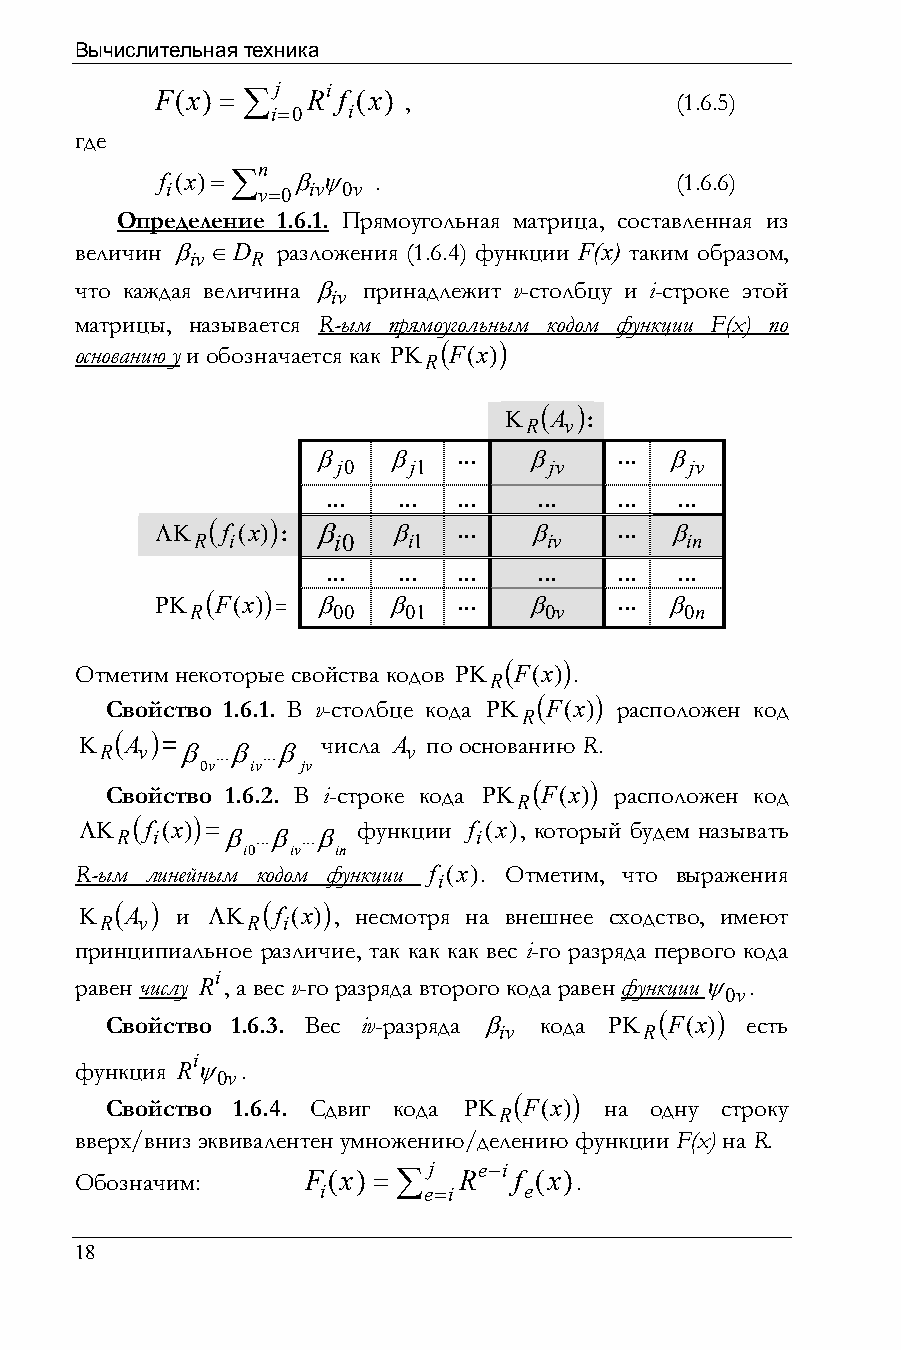
Вычислительная техника
 F(x) =
 ∑j  Ri
 f (x) ,                (1.6.5)
 i=0  i
 где
 n
 f (x)=∑  βψ    .                   (1.6.6)
 i     v=0 iv 0v
 Определение 1.6.1. Прямоугольная матрица, составленная из
 величин β ∈D разложения (1.6.4) функции F(x) таким образом,
 iv  R
 что каждая величина β принадлежит v-столбцу и i-строке этой
 iv
 матрицы, называется R-ым прямоугольным кодом функции F(x) по
 основанию y и обозначается как ΡΚ
 (F(x))
 R
 Κ
 R(A v)
 :
 β    β   ...  β     ... β
 j0   j1       jv        jv
 ... ... ...   ...  ... ...
 ΛΚ R(f i(x)) : β
 i0
 β
 i1
 ...  β
 iv
 ... β
 in
 ... ... ...   ...  ... ...
 ΡΚ R(F(x)) = β 00 β 01 ... β 0v ... β 0n
 Отметим некоторые свойства кодов ΡΚ R(F(x)) .
 Свойство 1.6.1. В v-столбце кода ΡΚ R(F(x)) расположен код
 Κ  (A ) =       числа A по основанию R.
 R v  β ...β ...β    v
 0v  iv jv
 Свойство 1.6.2. В i-строке кода ΡΚ R(F(x)) расположен код
 ΛΚ R(f i(x)) =β ...β ...β функции f i(x), который будем называть
 i0 iv in
 R-ым линейным кодом функции f (x). Отметим, что выражения
 i
 Κ  (A ) и ΛΚ (f (x)) , несмотря на внешнее сходство, имеют
 R v      R  i
 принципиальное различие, так как как вес i-го разряда первого кода
 i
 равен числу R , а вес v-го разряда второго кода равен функции ψ .
 0v
 Свойство 1.6.3. Вес iv-разряда β
 iv
 кода ΡΚ R(F(x)) есть
 i
 функция Rψ .
 0v
 Свойство 1.6.4. Сдвиг кода ΡΚ R(F(x)) на одну строку
 вверх/вниз эквивалентен умножению/делению функции F(x) на R.
 Обозначим:     F(x) =
 ∑j  Re−i
 f (x).
 i      e=i    e
 18